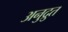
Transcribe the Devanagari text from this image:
अनुद्रुत